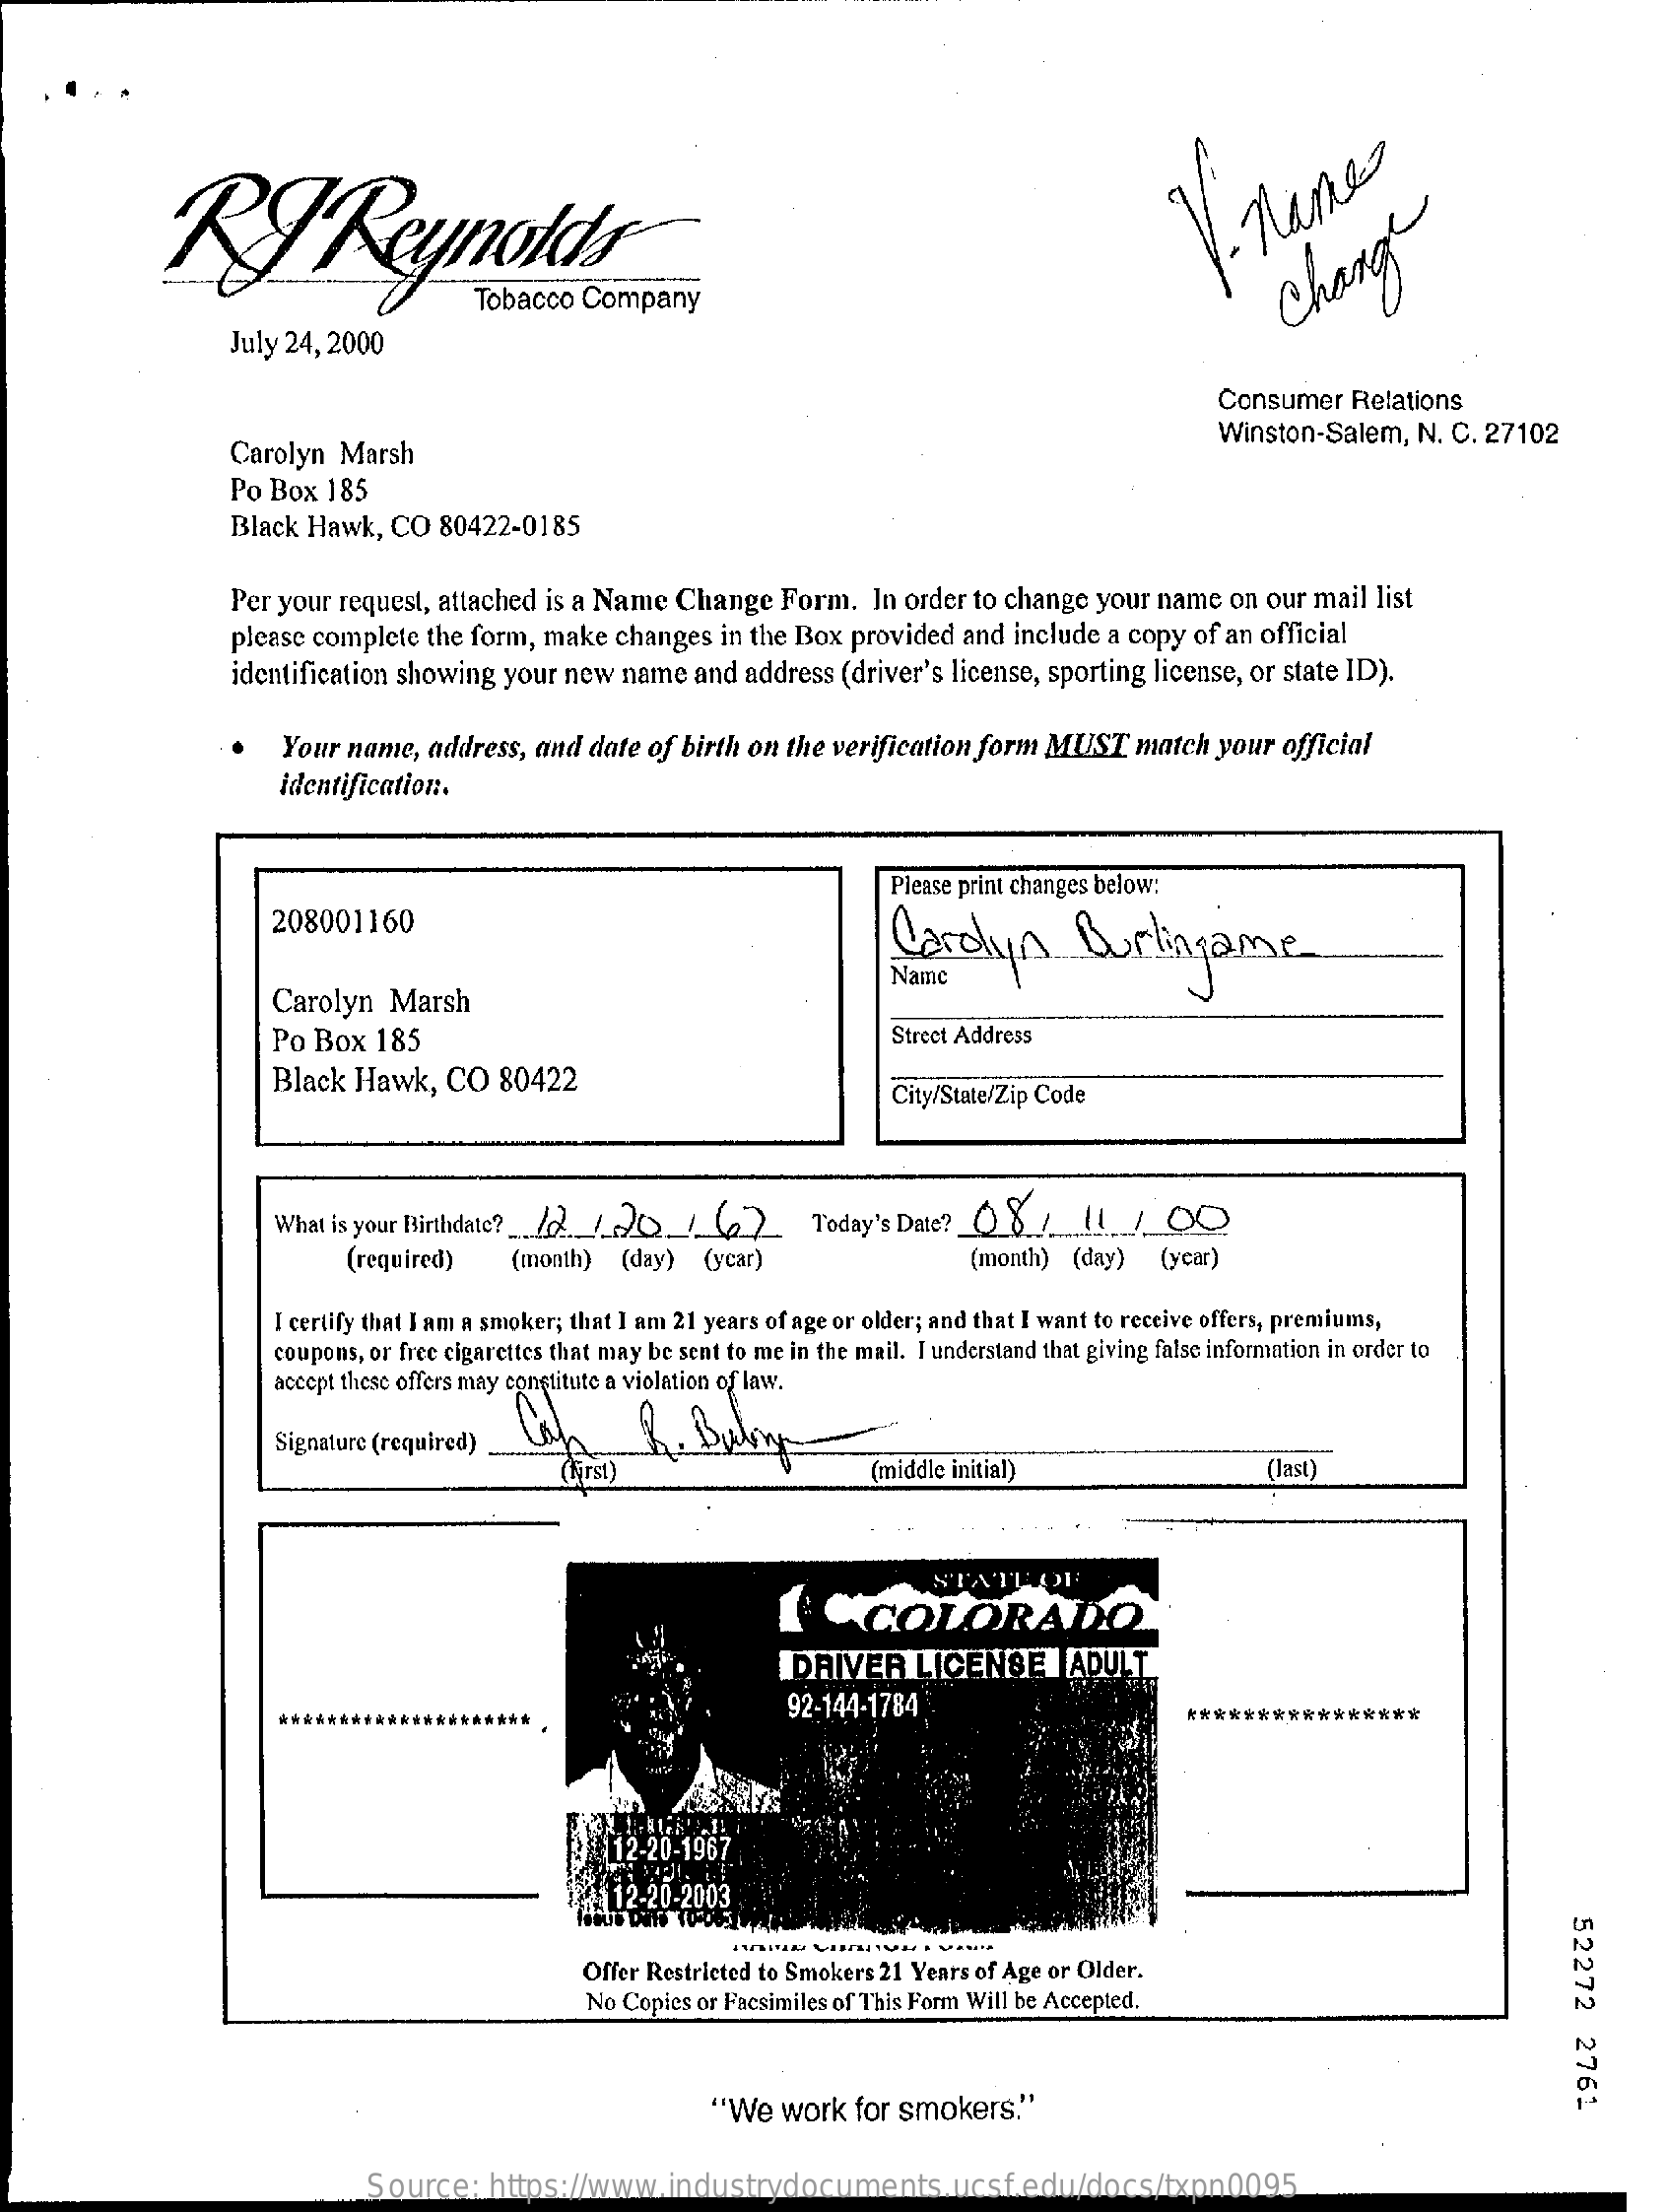
RP    Reynolds    1.
     name Change
     July 24, 2000
     Consumer   Relations
     Carolyn Marsh
     Winston-Salem,   N. C. 27102
     Po Box  185
     Black Hawk,  CO  80422-0185
     Per your request, attached is a Name Change  Form.   In order to change your name  on our mail list
     please complete the form, make changes  in the Box provided  and include a copy of an official
     identification showing your new name  and address (driver's license, sporting license, or state ID).
     Your name,  address, and date of birth on the verification form MUST   match  your official
     identification.
     Please print changes below:
     208001160
     Cardyn    Burlingame
     Carolyn   Marsh
     Name
     Po Box  185    Street Address
     Black Hawk,   CO   80422    City/State/Zip Code
     What is your Birthdate ?__ /2 / 20 / (22    Today's Date? 08   /   11/    00
     (required)    (month)  (day)  (ycar)    (month)  (day)  (year)
     I certify that I am a smoker; that I am 21 years of age or older; and that I want to receive offers, premiums,
     coupons, or free cigarettes that may be sent to me in the mail. I understand that giving false information in order to
     accept these offers may constitute a violation of law.
     Signature (required)
     (hirst)    (middle initial)    (last
     STATHOE
     COLORADO
     DRIVER    LICENSE    ADULT
     *********************
     92-144-1784    ****************
     12-20-2003
     52272
     2761
     Offer Restricted to Smokers 21 Years of Age or Older.
     No Copies or Facsimiles of This Form Will be Accepted.
     "We  work   for smokers."
     Source:    https://www.industrydocuments.ucsf.edu/docs/txpn0095